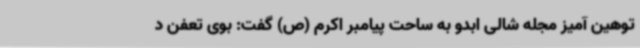
توهین آمیز مجله شالی ابدو به ساحت پیامبر اکرم (ص) گفت: بوی تعفن د